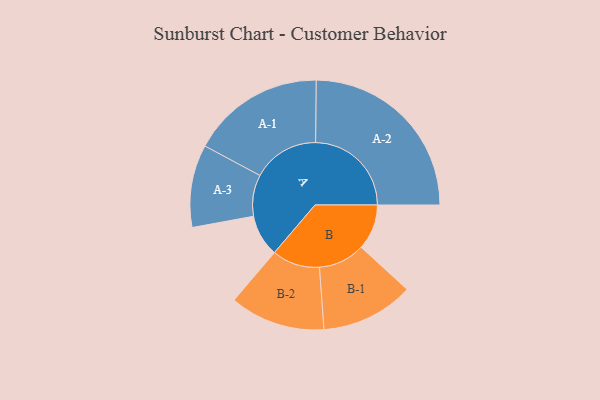
{"axis": {"x": "Segment", "y": "Value"}, "legend": ["", "A", "B"], "data": [{"x": "A", "y": 130, "type": ""}, {"x": "B", "y": 141, "type": ""}, {"x": "A-1", "y": 207, "type": "A"}, {"x": "A-2", "y": 297, "type": "A"}, {"x": "A-3", "y": 128, "type": "A"}, {"x": "B-1", "y": 144, "type": "B"}, {"x": "B-2", "y": 148, "type": "B"}]}